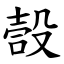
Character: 嗀